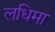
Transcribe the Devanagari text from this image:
लधिमा